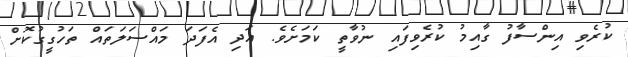
ކުރެވި އިންސާފު ގާއިމު ކުރެވިފައި ނުވާތީ ކަމަށެވެ. އަދި އެފަދަ މައްސަލަތައް ތަހުގީގުކޮށް